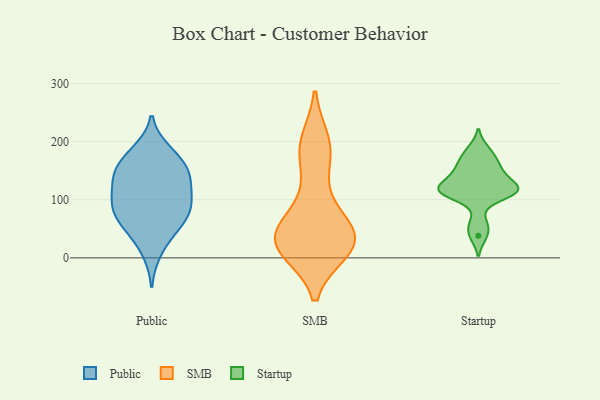
{"axis": {"x": "Customer Acquisition Cost (USD)", "y": "Value"}, "legend": ["Public", "SMB", "Startup"], "data": [{"x": "", "y": 76, "type": "Public"}, {"x": "", "y": 180, "type": "Public"}, {"x": "", "y": 10, "type": "Public"}, {"x": "", "y": 140, "type": "Public"}, {"x": "", "y": 111, "type": "Public"}, {"x": "", "y": 96, "type": "Public"}, {"x": "", "y": 48, "type": "Public"}, {"x": "", "y": 66, "type": "Public"}, {"x": "", "y": 50, "type": "Public"}, {"x": "", "y": 111, "type": "Public"}, {"x": "", "y": 81, "type": "Public"}, {"x": "", "y": 148, "type": "Public"}, {"x": "", "y": 91, "type": "Public"}, {"x": "", "y": 150, "type": "Public"}, {"x": "", "y": 137, "type": "Public"}, {"x": "", "y": 161, "type": "Public"}, {"x": "", "y": 184, "type": "Public"}, {"x": "", "y": 200, "type": "SMB"}, {"x": "", "y": 41, "type": "SMB"}, {"x": "", "y": 61, "type": "SMB"}, {"x": "", "y": 27, "type": "SMB"}, {"x": "", "y": 35, "type": "SMB"}, {"x": "", "y": 15, "type": "SMB"}, {"x": "", "y": 108, "type": "SMB"}, {"x": "", "y": 13, "type": "SMB"}, {"x": "", "y": 200, "type": "SMB"}, {"x": "", "y": 13, "type": "SMB"}, {"x": "", "y": 167, "type": "SMB"}, {"x": "", "y": 65, "type": "SMB"}, {"x": "", "y": 27, "type": "SMB"}, {"x": "", "y": 33, "type": "SMB"}, {"x": "", "y": 29, "type": "SMB"}, {"x": "", "y": 183, "type": "SMB"}, {"x": "", "y": 160, "type": "Startup"}, {"x": "", "y": 59, "type": "Startup"}, {"x": "", "y": 110, "type": "Startup"}, {"x": "", "y": 114, "type": "Startup"}, {"x": "", "y": 38, "type": "Startup"}, {"x": "", "y": 140, "type": "Startup"}, {"x": "", "y": 122, "type": "Startup"}, {"x": "", "y": 187, "type": "Startup"}, {"x": "", "y": 113, "type": "Startup"}, {"x": "", "y": 120, "type": "Startup"}, {"x": "", "y": 145, "type": "Startup"}, {"x": "", "y": 170, "type": "Startup"}, {"x": "", "y": 114, "type": "Startup"}]}